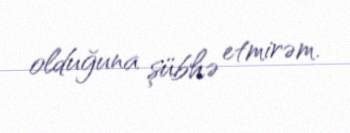
olduğuna şübhə etmirəm.